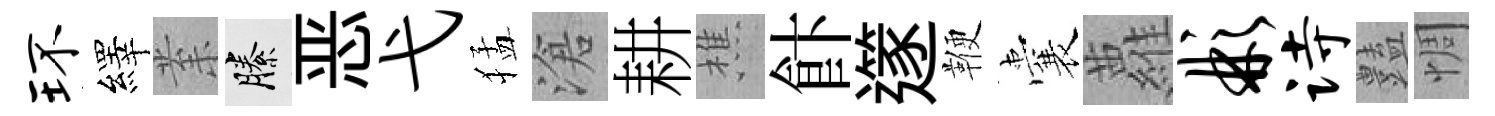
环繹𭪙縢恶弋猛滄耕樵飰𨗹鞭囊蘿彬诗𧰟惆